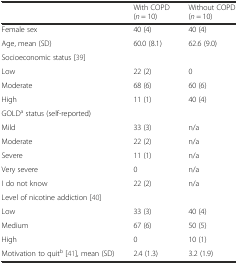
<table><thead><tr><td></td><td><b>With COPD (<i>n</i> = 10)</b></td><td><b>Without COPD (<i>n</i> = 10)</b></td></tr></thead><tbody><tr><td>Female sex</td><td>40 (4)</td><td>40 (4)</td></tr><tr><td>Age, mean (SD)</td><td>60.0 (8.1)</td><td>62.6 (9.0)</td></tr><tr><td>Socioeconomic status [39]</td><td></td><td></td></tr><tr><td>Low</td><td>22 (2)</td><td>0</td></tr><tr><td>Moderate</td><td>68 (6)</td><td>60 (6)</td></tr><tr><td>High</td><td>11 (1)</td><td>40 (4)</td></tr><tr><td>GOLD<sup>a</sup> status (self-reported)</td><td></td><td></td></tr><tr><td>Mild</td><td>33 (3)</td><td>n/a</td></tr><tr><td>Moderate</td><td>22 (2)</td><td>n/a</td></tr><tr><td>Severe</td><td>11 (1)</td><td>n/a</td></tr><tr><td>Very severe</td><td>0</td><td>n/a</td></tr><tr><td>I do not know</td><td>22 (2)</td><td>n/a</td></tr><tr><td>Level of nicotine addiction [40]</td><td></td><td></td></tr><tr><td>Low</td><td>33 (3)</td><td>40 (4)</td></tr><tr><td>Medium</td><td>67 (6)</td><td>50 (5)</td></tr><tr><td>High</td><td>0</td><td>10 (1)</td></tr><tr><td>Motivation to quit<sup>b</sup> [41], mean (SD)</td><td>2.4 (1.3)</td><td>3.2 (1.9)</td></tr></tbody></table>